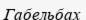
Габельбах